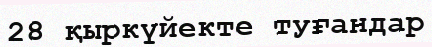
28 қыркүйекте туғандар